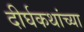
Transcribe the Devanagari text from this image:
दीर्घकथांच्या